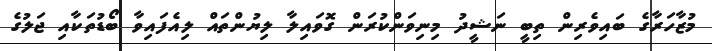
މުޒާހަރާގެ ބައިވެރިން ތިބީ ނަޝީދު މިނިވަންކުރަން ގޮވައިލާ ލިޔުންތައް ލިއެފައިވާ ބޯޑުތަކާއި ޖަލުގެ